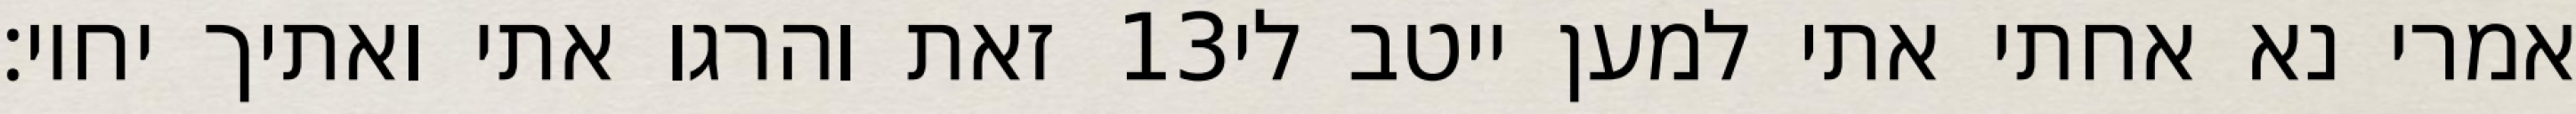
זאת והרגו אתי ואתיך יחיו׃ ‎13‏ אמרי נא אחתי אתי למען ייטב לי